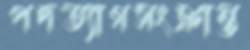
পদত্যাগসংক্রান্ত